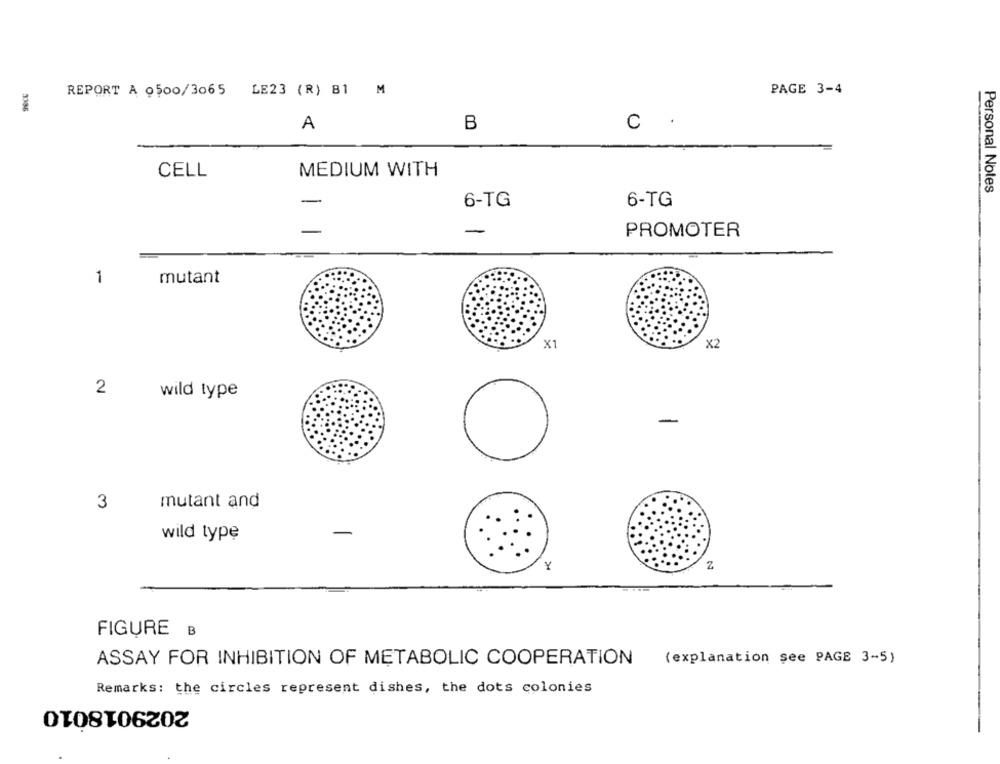
REPORT A 0500/3065 LE23 (R) B1 M
PAGE 3-4
3386
A
B
C
CELL
MEDIUM WITH
Personal Notes
-
6-TG
6-TG
-
PROMOTER
1
mutant
X1
X2
2
wild type
-
O
3
mutant and
wild type
Y
Z
FIGURE B
ASSAY FOR INHIBITION OF METABOLIC COOPERATION
(explanation see PAGE 3-5)
Remarks: the circles represent dishes, the dots colonies
2029018010